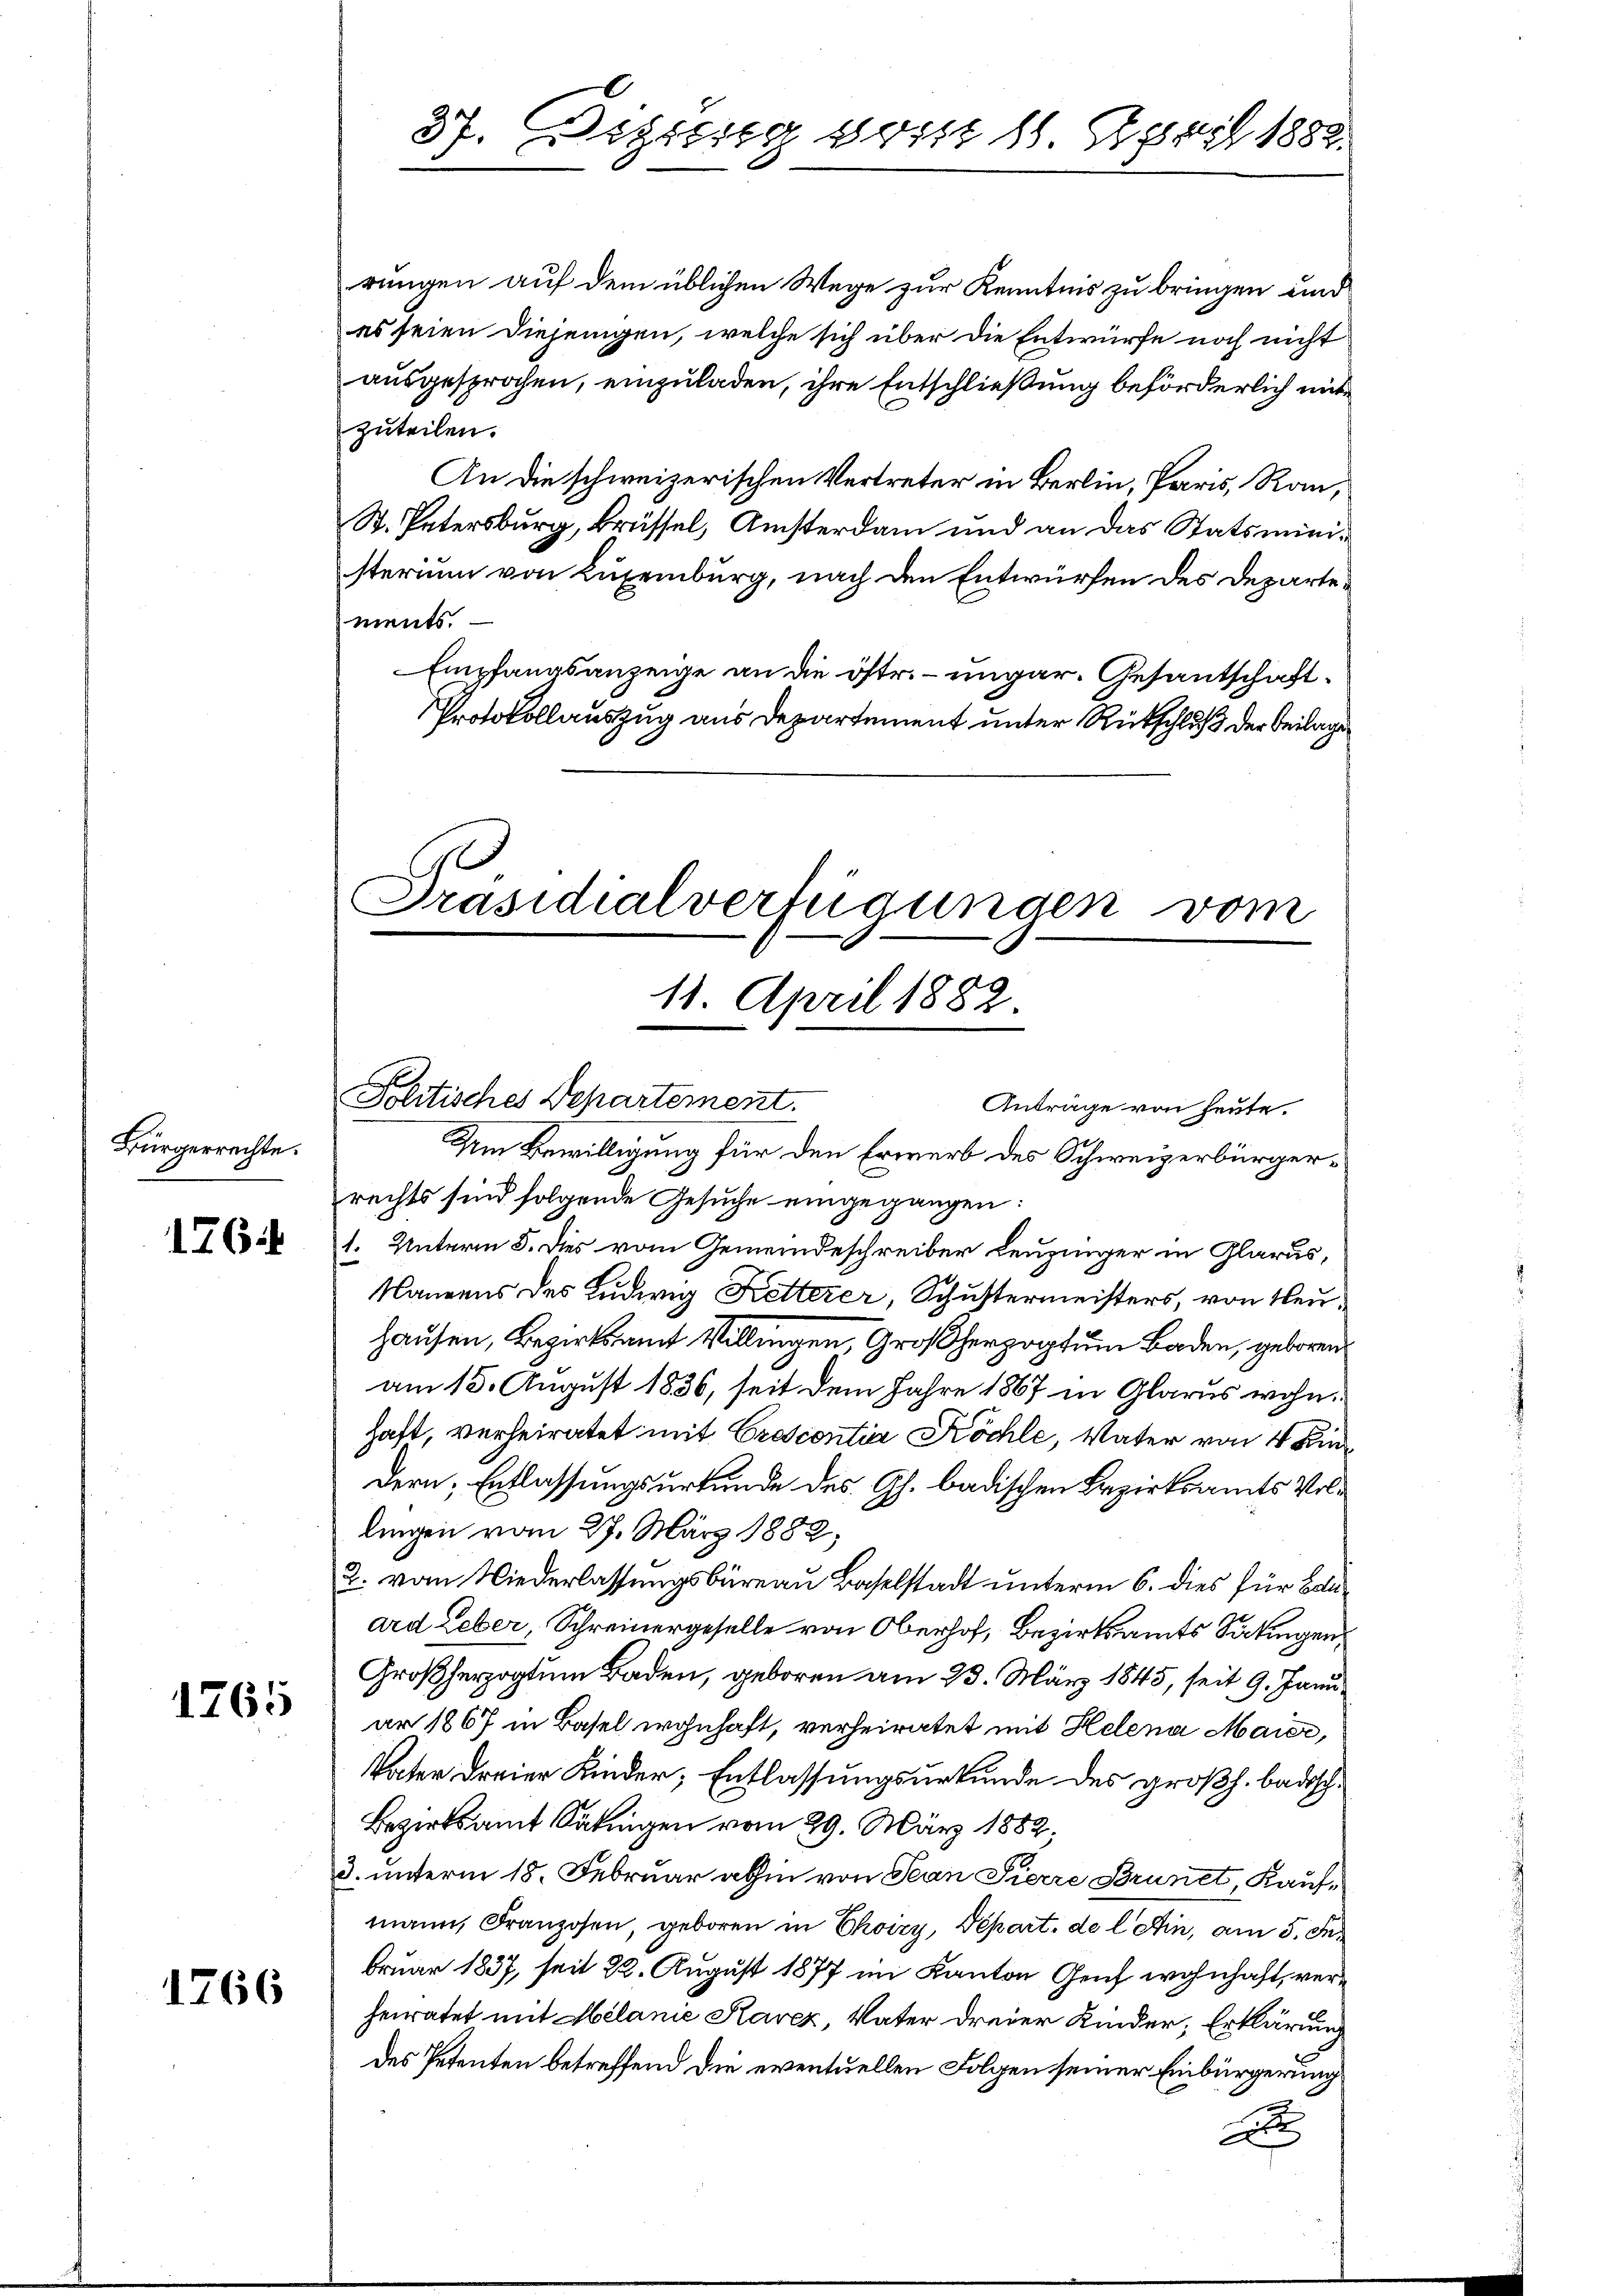
Bürgerrechte.

176

1265

1766

37. Bigisseg 801 18 April 1882.

rungen auf dem üblichen Wege zur Kenntnis zu bringen und
es seien diejenigen, welche sich über die Entwürfe noch nicht
ausgesprochen, einzuladen, ihre Entschließung beförderlich mit
zuteilen.
An die schweizerischen Vertreter in Berlin, Paris, Rau,
St. Petersburg, Brüssel, Ansterdam und an das Statsministerium von Luxenburg, nach den Entwürfen des Departements.
Empfangsanzeige an die östr. – ungar. Gesantschaft¬
Protokollauszug aus Departement unter Rückschluß der Beilage

Präsidialverfügungen vom
11. April 1882
e
Politisches Departement.
Anträge von heute.

Um Bewilligung für den Erwerb des Schweizerbürgerrechts sind folgende Gesuche eingegangen:
1. Unterm 5. Dies vom Gemeindeschreiber Leuzinger in Glarus,
Namens des Ludwig Ketterer, Schustermeisters, von Neu¬
Hausen, Bezirksamt Willingen, Großherzogtum Baden, geboren
am 13. August 1836, seit dem Jahre 1867 in Glarus wohnhaft, verheiratet mit Crescontia Köchle, Vater von 4 Kinddern, Entlassungsurkunde des Gh. badischen Bezirksamts Vollingen vom 27. März 1882,
2. vom Niederlassungsbüreau Baselstadt unterm 6. dies für Bauard Leber, Schreinergeselle von Oberhof, Bezirksamts Satingen
Großherzogtum Baden, geboren am 23. März 1845, seit 9. Januar 1867 in Basel wohnhaft, verheiratet mit Helena Maier,
Vater dreier Kinder, Entlassungsurkunde des großh. badisch¬
Bezirksamt Säkingen vom 29. März 1882,
3. unterm 18. Februar abhin von Jean Pierre Brunet Kaufmann, Franzosen, geboren in Choizy, Depart. de l Ain, am 5. Fer
bruar 1837, seit 22. August 1877 im Kanton Genf wohnhaft, verheiratet mit Melanie Parer, Vater dreier Kinder, Erklärung
des Petenten betreffend die eventuellen Folgen seiner Einbürgerung
e
e